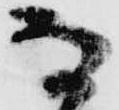
な